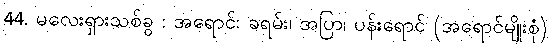
44. မလေးရှားသစ်ခွ : အရောင်: ခရမ်း၊ အပြာ၊ ပန်းရောင် (အရောင်မျိုးစုံ)